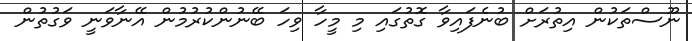
ނޫސްތަކުން އިތުރަށް ބުނެފައިވާ ގޮތުގައި މި މީހާ ވިހަ ބޭނުންކުރުމުން އޭނާވަނީ ވަގުތުން